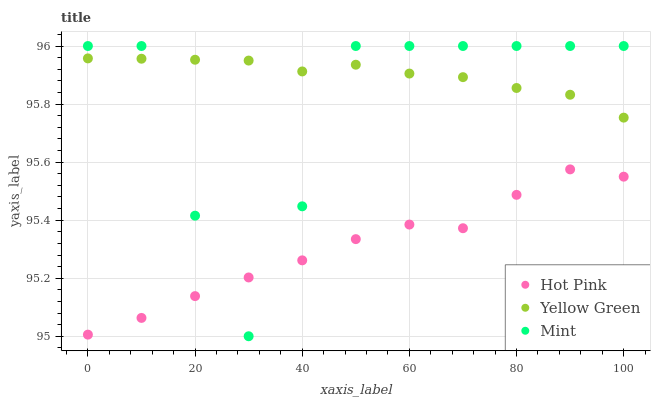
| xaxis_label | Hot Pink | Yellow Green | Mint |
 | --- | --- | --- | --- |
 | 0 | 95 | 96 | 96 |
 | 10 | 95.1 | 96 | 96 |
 | 20 | 95.1 | 96 | 95.4 |
 | 30 | 95.2 | 95.9 | 95 |
 | 40 | 95.3 | 95.9 | 95.4 |
 | 50 | 95.3 | 95.9 | 96 |
 | 60 | 95.4 | 95.9 | 96 |
 | 70 | 95.4 | 95.9 | 96 |
 | 80 | 95.5 | 95.9 | 96 |
 | 90 | 95.6 | 95.8 | 96 |
 | 100 | 95.5 | 95.8 | 96 |